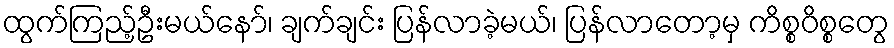
ထွက်ကြည့်ဦးမယ်နော်၊ ချက်ချင်း ပြန်လာခဲ့မယ်၊ ပြန်လာတော့မှ ကိစ္စဝိစ္စတွေ